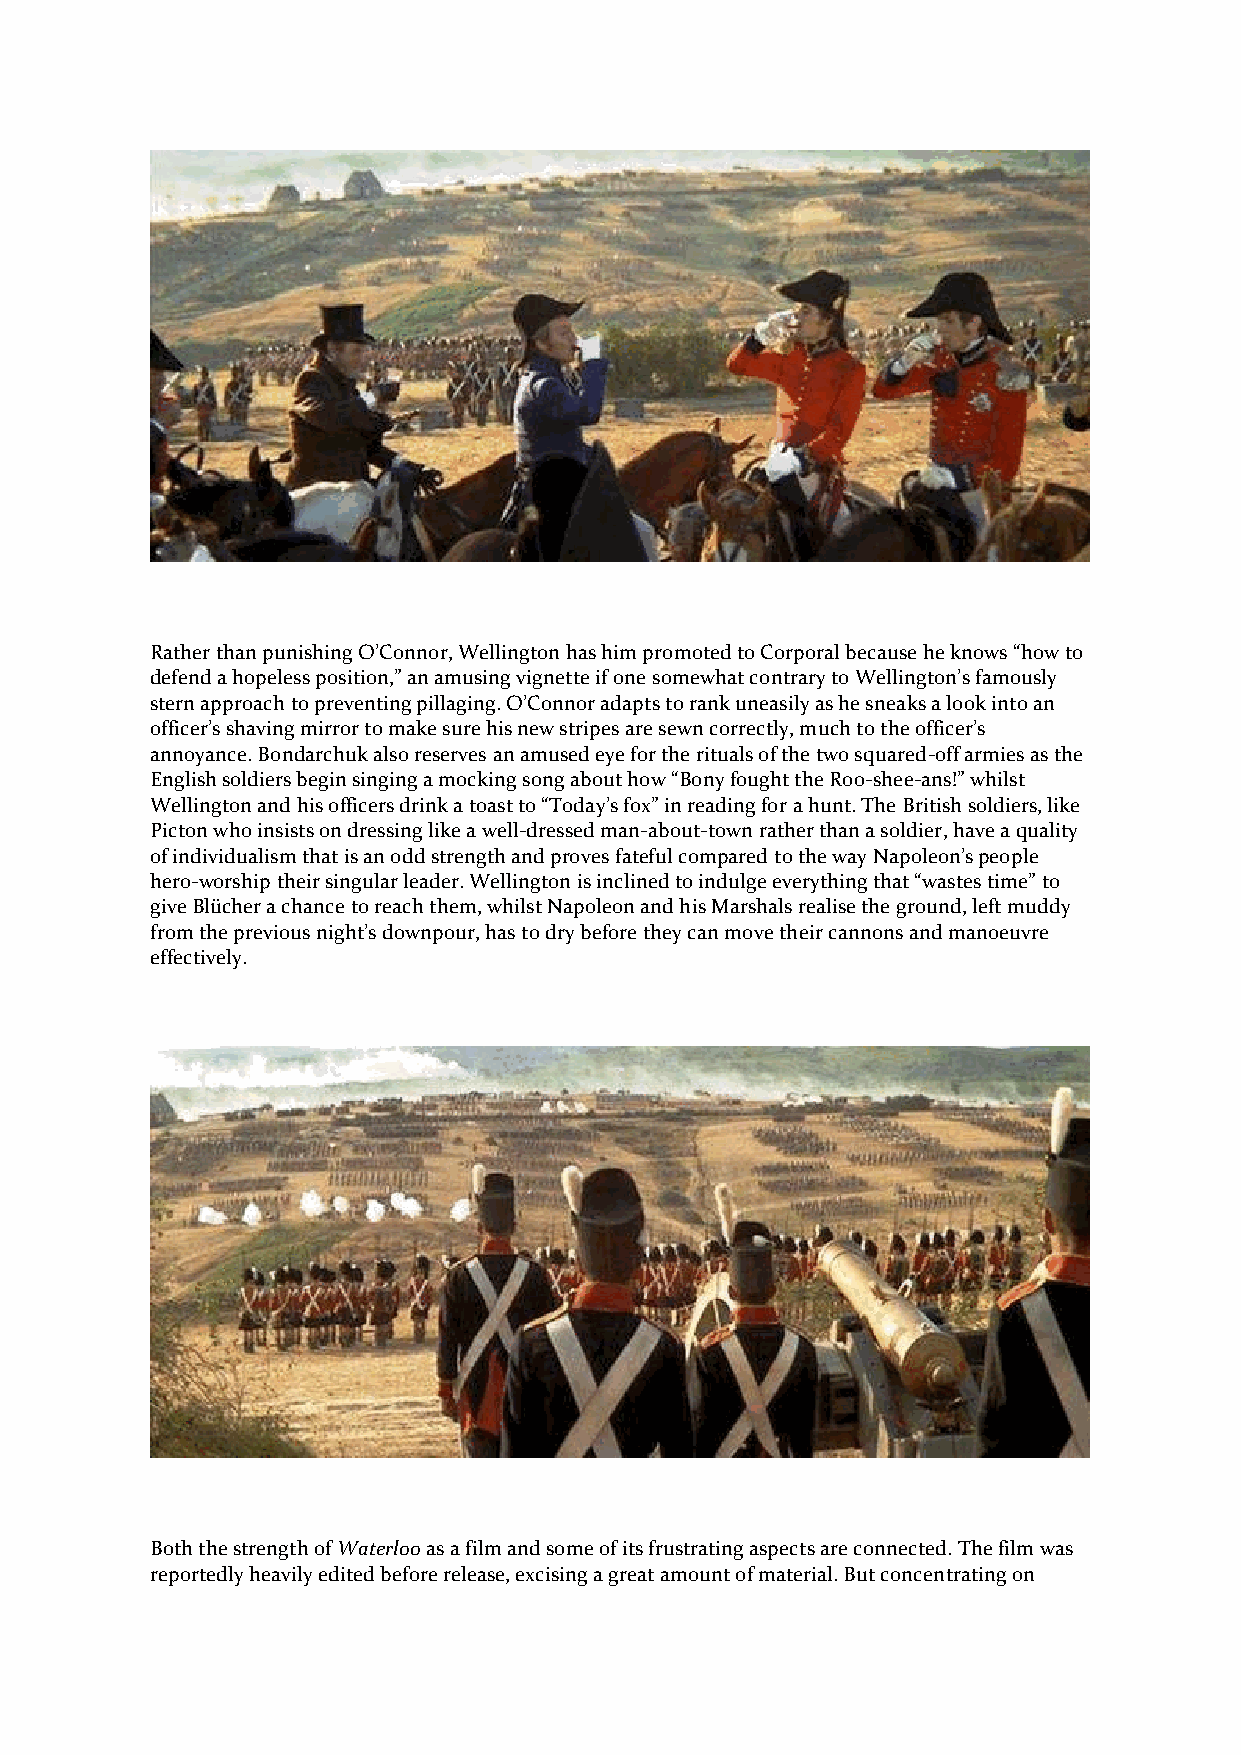
Rather than punishing O’Connor, Wellington has him promoted to Corporal because he knows “how to
 defend a hopeless position,” an amusing vignette if one somewhat contrary to Wellington’s famously
 stern approach to preventing pillaging. O’Connor adapts to rank uneasily as he sneaks a look into an
 officer’s shaving mirror to make sure his new stripes are sewn correctly, much to the officer’s
 annoyance. Bondarchuk also reserves an amused eye for the rituals of the two squared-off armies as the
 English soldiers begin singing a mocking song about how “Bony fought the Roo-shee-ans!” whilst
 Wellington and his officers drink a toast to “Today’s fox” in reading for a hunt. The British soldiers, like
 Picton who insists on dressing like a well-dressed man-about-town rather than a soldier, have a quality
 of individualism that is an odd strength and proves fateful compared to the way Napoleon’s people
 hero-worship their singular leader. Wellington is inclined to indulge everything that “wastes time” to
 give Blücher a chance to reach them, whilst Napoleon and his Marshals realise the ground, left muddy
 from the previous night’s downpour, has to dry before they can move their cannons and manoeuvre
 effectively.
 Both the strength of Waterloo as a film and some of its frustrating aspects are connected. The film was
 reportedly heavily edited before release, excising a great amount of material. But concentrating on